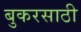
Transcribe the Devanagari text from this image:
बुकरसाठी